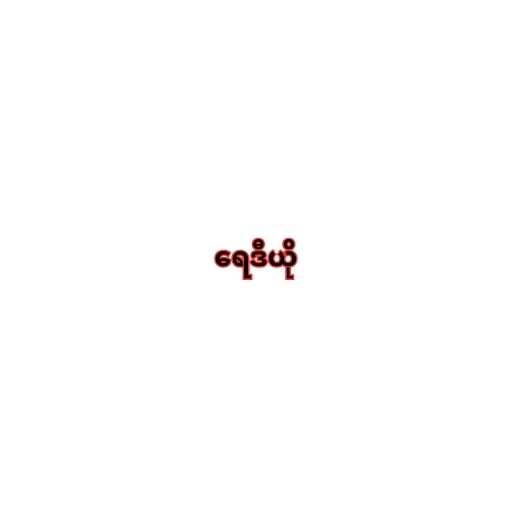
ရေဒီယို